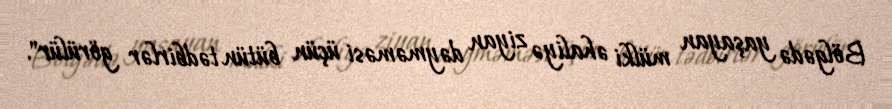
Bölgədə yaşayan mülki əhaliyə ziyan dəyməməsi üçün bütün tədbirlər görülür".